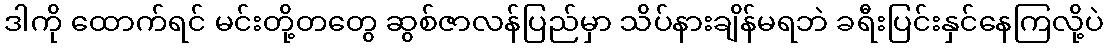
ဒါကို ထောက်ရင် မင်းတို့တတွေ ဆွစ်ဇာလန်ပြည်မှာ သိပ်နားချိန်မရဘဲ ခရီးပြင်းနှင်နေကြလို့ပဲ